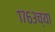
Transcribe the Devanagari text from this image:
१७६३च्या